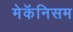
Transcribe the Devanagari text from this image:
मेकॅनिसम